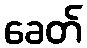
ခေတ်